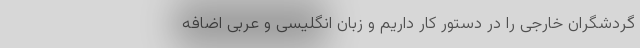
گردشگران خارجی را در دستور کار داریم و زبان انگلیسی و عربی اضافه